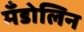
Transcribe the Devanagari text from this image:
मँडोलिन